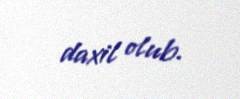
daxil olub.